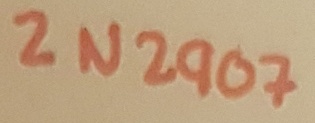
Text: 2N2907